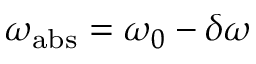
\omega _ { \mathrm { a b s } } = \omega _ { 0 } - \delta \omega